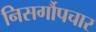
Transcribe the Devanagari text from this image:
निसर्गौपचार